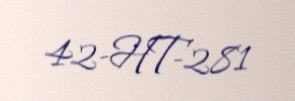
42-HT-281